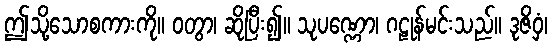
ဤသို့သောစကားကို။ ဝတွာ၊ ဆိုပြီး၍။ သုပဏ္ဏော၊ ဂဠုန်မင်းသည်။ ဒုဇိဝှံ၊